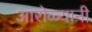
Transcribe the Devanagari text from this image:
आरोळ्यानी